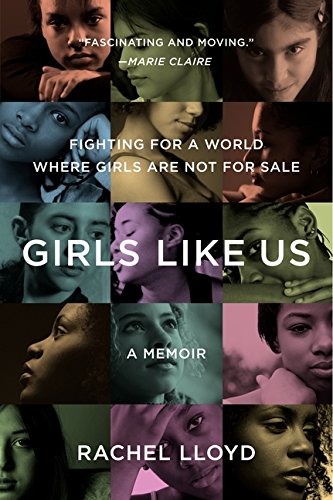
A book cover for Girls Like Us: Fighting for a World Where Girls Are Not for Sale: A Memoir; Rachel Lloyd; Biographies & Memoirs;